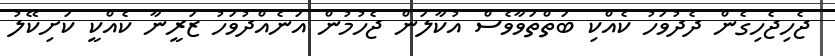
ޖެހިޖެހިގެން ދެދުވަހު ކެއްކި ބަތްތަވާވެސް އުކާލަން ޖެހުމުން އަނެއްދުވަހު ޒަރީނާ ކެއްކީ ކަށިކޭލު